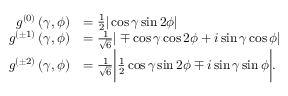
\begin{array} { r l } { g ^ { ( 0 ) } \left( \gamma , \phi \right) } & { = \frac { 1 } { 2 } | \cos \gamma \sin 2 \phi | } \\ { g ^ { ( \pm 1 ) } \left( \gamma , \phi \right) } & { = \frac { 1 } { \sqrt { 6 } } | \mp \cos \gamma \cos 2 \phi + i \sin \gamma \cos \phi | } \\ { g ^ { ( \pm 2 ) } \left( \gamma , \phi \right) } & { = \frac { 1 } { \sqrt { 6 } } \bigg | \frac { 1 } { 2 } \cos \gamma \sin 2 \phi \mp i \sin \gamma \sin \phi \bigg | . } \end{array}